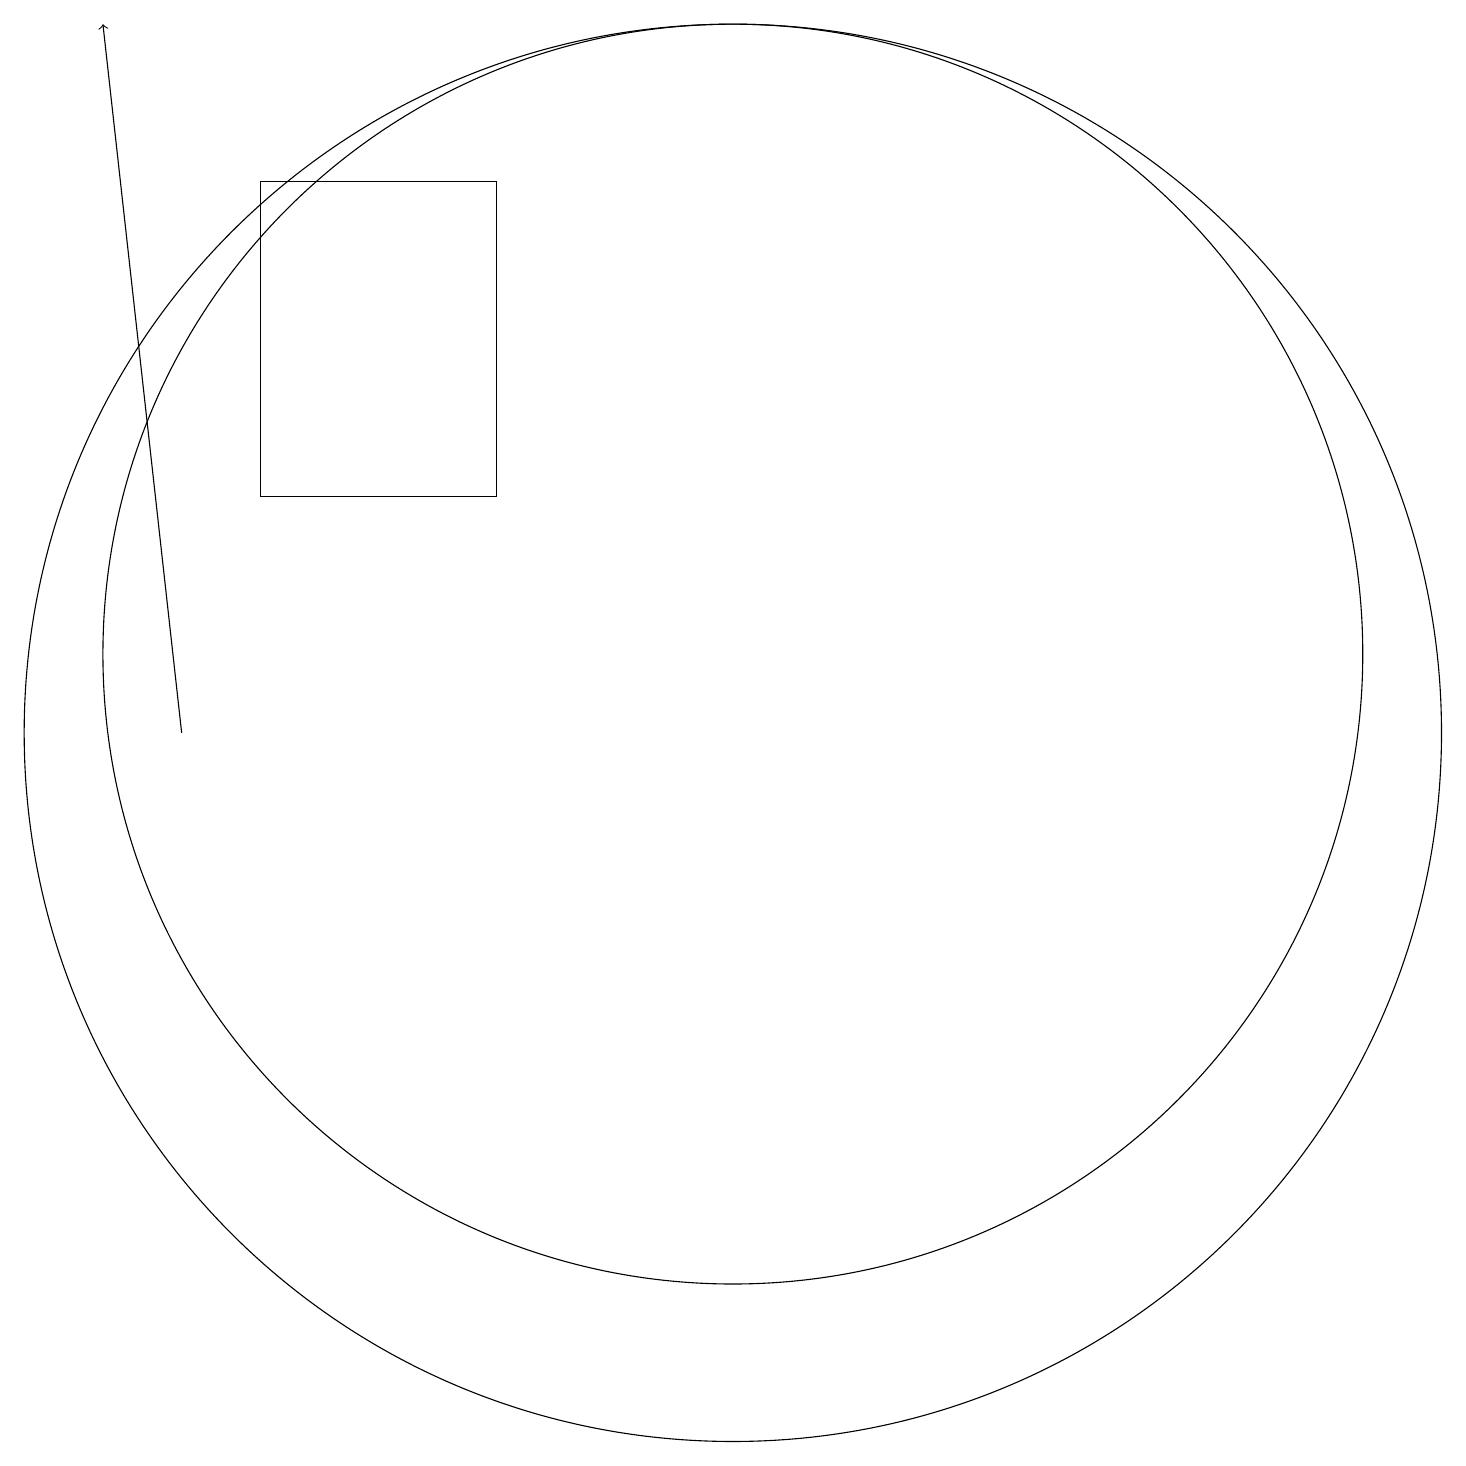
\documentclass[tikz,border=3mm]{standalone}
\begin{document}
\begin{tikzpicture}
\draw (11,11) circle (8);
\draw (5,17) rectangle (8,13);
\draw (11,10) circle (9);
\draw[->] (4,10) -- (3,19);
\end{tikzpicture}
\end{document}